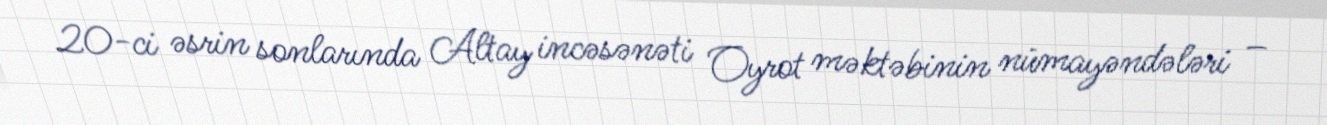
20-ci əsrin sonlarında Altay incəsənəti Oyrot məktəbinin nümayəndələri –